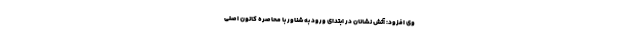
وی افزود: آتش نشانان در ابتدای ورود به شناور با محاصره کانون اصلی